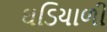
ઘડિયાળી